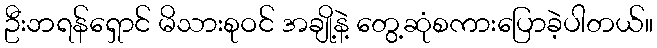
ဦးဘရန်ရှောင် မိသားစုဝင် အချို့နဲ့ တွေ့ဆုံစကားပြောခဲ့ပါတယ်။